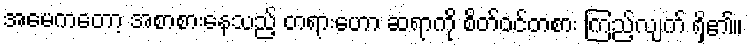
အမေကတော့ အစာစားနေသည့် တရားဟော ဆရာကို စိတ်ဝင်တစား ကြည့်လျက် ရှိ၏။